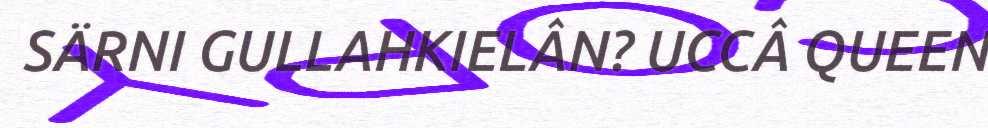
SÄRNI GULLAHKIELÂN? UCCÂ QUEEN